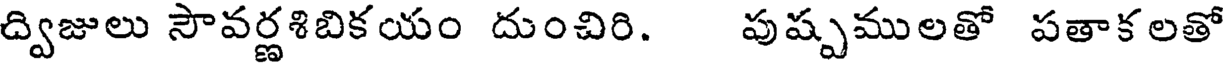
ద్విజులు సౌవర్ణశిబికయం దుంచిరి. పుష్పములతో పతాక లతో